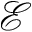
\mathcal { E }